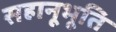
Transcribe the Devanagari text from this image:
सहानूभूति